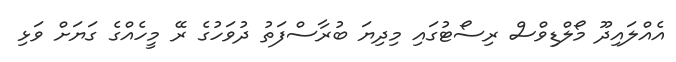
އެއްލައިދޫ މޯލްޑިވްސް ރިސޯޓުގައި މިދިޔަ ބުރާސްފަތު ދުވަހުގެ ރޭ މީހެއްގެ ގަޔަށް ވަޅި